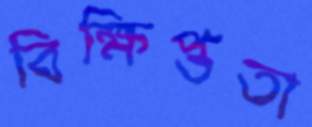
বিক্ষিপ্ততা